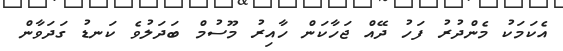
އެކަމަކު މެންދުރު ފަހު ދޭއް ޖަހާކަން ހާއިރު މޫސުމް ބަދަލުވެ ކަނޑު ގަދަވާން